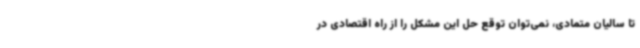
تا سالیان متمادی، نمی‌توان توقع حل این مشکل را از راه اقتصادی در